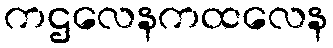
ကဌလေနကထလေန